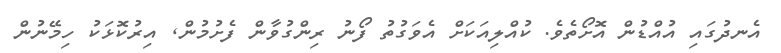
އެނދުގައި އުއްޑުން އޮށޯތެެވެ. ކުއްލިއަކަށް އެވަގުތު ފޯނު ރިންގުވާން ފެށުމުން